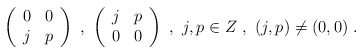
\begin{align*}\left(\begin{array}{cc} 0& 0 \\ j& p\end{array} \right)\ ,\ \left(\begin{array}{cc}j& p \\0& 0\end{array}\right)\ ,\ j,p \in Z\ ,\ (j,p) \neq (0,0)\ .\end{align*}